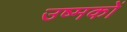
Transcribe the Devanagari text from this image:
उष्मकों